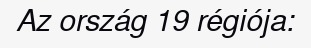
Az ország 19 régiója: